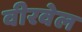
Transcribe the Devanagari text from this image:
वीरवेल